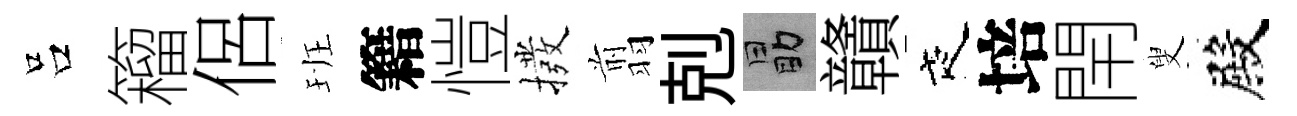
吕籕侶班籍愷撥翦剋勗贛夜培閈叟殿